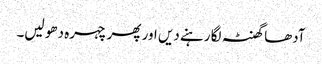
آدھا گھنٹہ لگا رہنے دیں اور پھر چہرہ دھو لیں۔